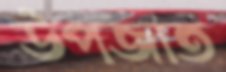
উপজাত